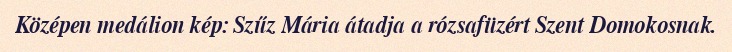
Középen medálion kép: Szűz Mária átadja a rózsafüzért Szent Domokosnak.